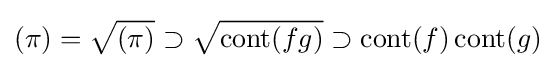
(\pi )={\sqrt {(\pi )}}\supset {\sqrt {\operatorname {cont} (fg)}}\supset \operatorname {cont} (f)\operatorname {cont} (g)